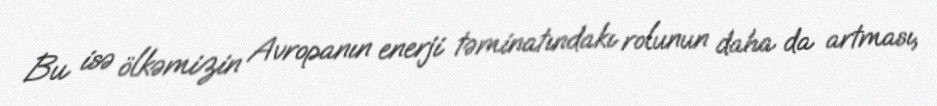
Bu isə ölkəmizin Avropanın enerji təminatındakı rolunun daha da artması,